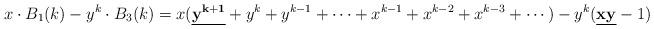
LaTeX: \begin{align*}\begin{gathered}x\cdot B_1(k)-y^{k}\cdot B_3(k)=x(\underline{{\bf y^{k+1}}}+y^k+y^{k-1}+\cdots+x^{k-1}+x^{k-2}+x^{k-3}+\cdots)-y^k(\underline{{\bf xy}}-1)\end{gathered}\end{align*}